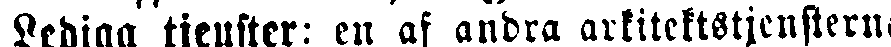
Lediga tjenster: en af andra arkitektstjensterna